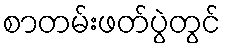
စာတမ်းဖတ်ပွဲတွင်